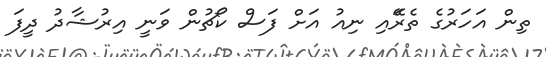
ތިން އަހަރުގެ ތެރޭައި ނިއު އަށް ފަސް ކޯޗުން ވަނީ އިރުޝާދު ދީފަ